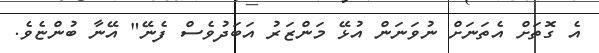
އެ ގޮތަށް އެތަނަށް ނުވަނަން އުޅޭ މަންޒަރު އަބަދުވެސް ފެނޭ" އޭނާ ބުންޏެވެ.